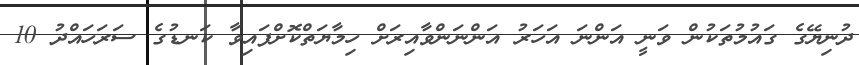
ދުނިޔޭގެ ގައުމުތަކުން ވަނީ އަންނަ އަހަރު އަންނަންވާއިރަށް ހިމާޔަތްކޮށްފައިވާ ކަނޑުގެ ސަރަހައްދު 10